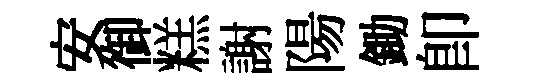
安御糕謝陽鋤即